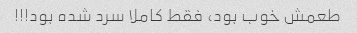
طعمش خوب بود، فقط کاملا سرد شده بود!!!